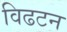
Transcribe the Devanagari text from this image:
विढटन